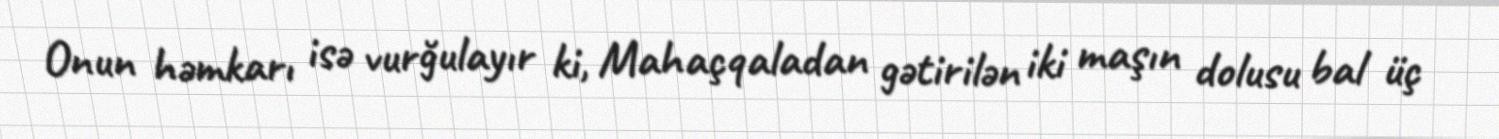
Onun həmkarı isə vurğulayır ki, Mahaçqaladan gətirilən iki maşın dolusu bal üç